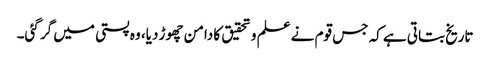
تاریخ بتاتی ہے کہ جس قوم نے علم و تحقیق کا دامن چھوڑ دیا، وہ پستی میں گر گئی۔